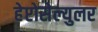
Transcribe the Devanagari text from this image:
हेप्टोसेल्युलर